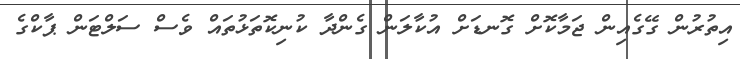
އިތުރުން ގޭގެއިން ޖަމާކޮށް ގޮނޑަށް އުކާލަން ގެންދާ ކުނިކޮތަޅުތައް ވެސް ސަލްޓަން ޕާކްގެ